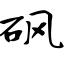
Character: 砜